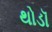
થોડૉ